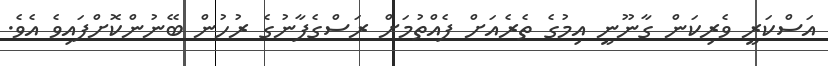
އަސްކަރީ ވެރިކަން ގާނޫނީ އިމުގެ ތެރެއަށް ފެއްތުމަށް ރަސްގެފާނުގެ ރުހުން ބޭނުންކޮށްފައިވެ އެވެ.